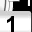
Digit: 1